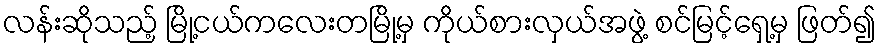
လန်းဆိုသည့် မြို့ငယ်ကလေးတမြို့မှ ကိုယ်စားလှယ်အဖွဲ့ စင်မြင့်ရှေ့မှ ဖြတ်၍